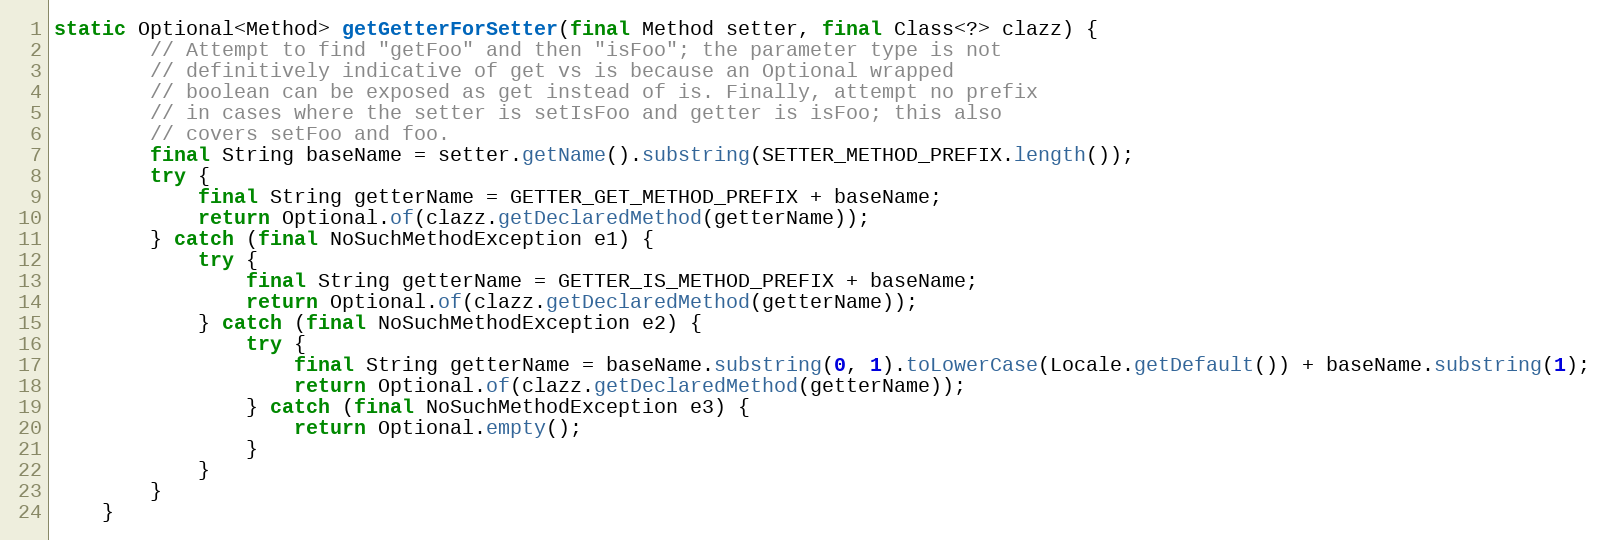
Language: Java
static Optional<Method> getGetterForSetter(final Method setter, final Class<?> clazz) {
        // Attempt to find "getFoo" and then "isFoo"; the parameter type is not
        // definitively indicative of get vs is because an Optional wrapped
        // boolean can be exposed as get instead of is. Finally, attempt no prefix
        // in cases where the setter is setIsFoo and getter is isFoo; this also
        // covers setFoo and foo.
        final String baseName = setter.getName().substring(SETTER_METHOD_PREFIX.length());
        try {
            final String getterName = GETTER_GET_METHOD_PREFIX + baseName;
            return Optional.of(clazz.getDeclaredMethod(getterName));
        } catch (final NoSuchMethodException e1) {
            try {
                final String getterName = GETTER_IS_METHOD_PREFIX + baseName;
                return Optional.of(clazz.getDeclaredMethod(getterName));
            } catch (final NoSuchMethodException e2) {
                try {
                    final String getterName = baseName.substring(0, 1).toLowerCase(Locale.getDefault()) + baseName.substring(1);
                    return Optional.of(clazz.getDeclaredMethod(getterName));
                } catch (final NoSuchMethodException e3) {
                    return Optional.empty();
                }
            }
        }
    }